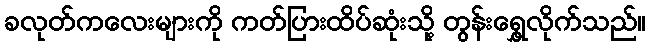
ခလုတ်ကလေးများကို ကတ်ပြားထိပ်ဆုံးသို့ တွန်းရွှေ့လိုက်သည်။